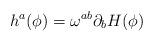
LaTeX: \begin{align*}h^a (\phi) = \omega^{ab} \partial_b H (\phi)\end{align*}